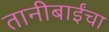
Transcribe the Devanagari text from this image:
तानीबाईंचा